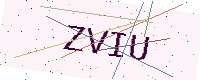
Text: ZVIU